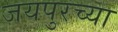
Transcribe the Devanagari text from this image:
जयपुरच्या